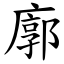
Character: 廓